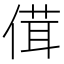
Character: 傇